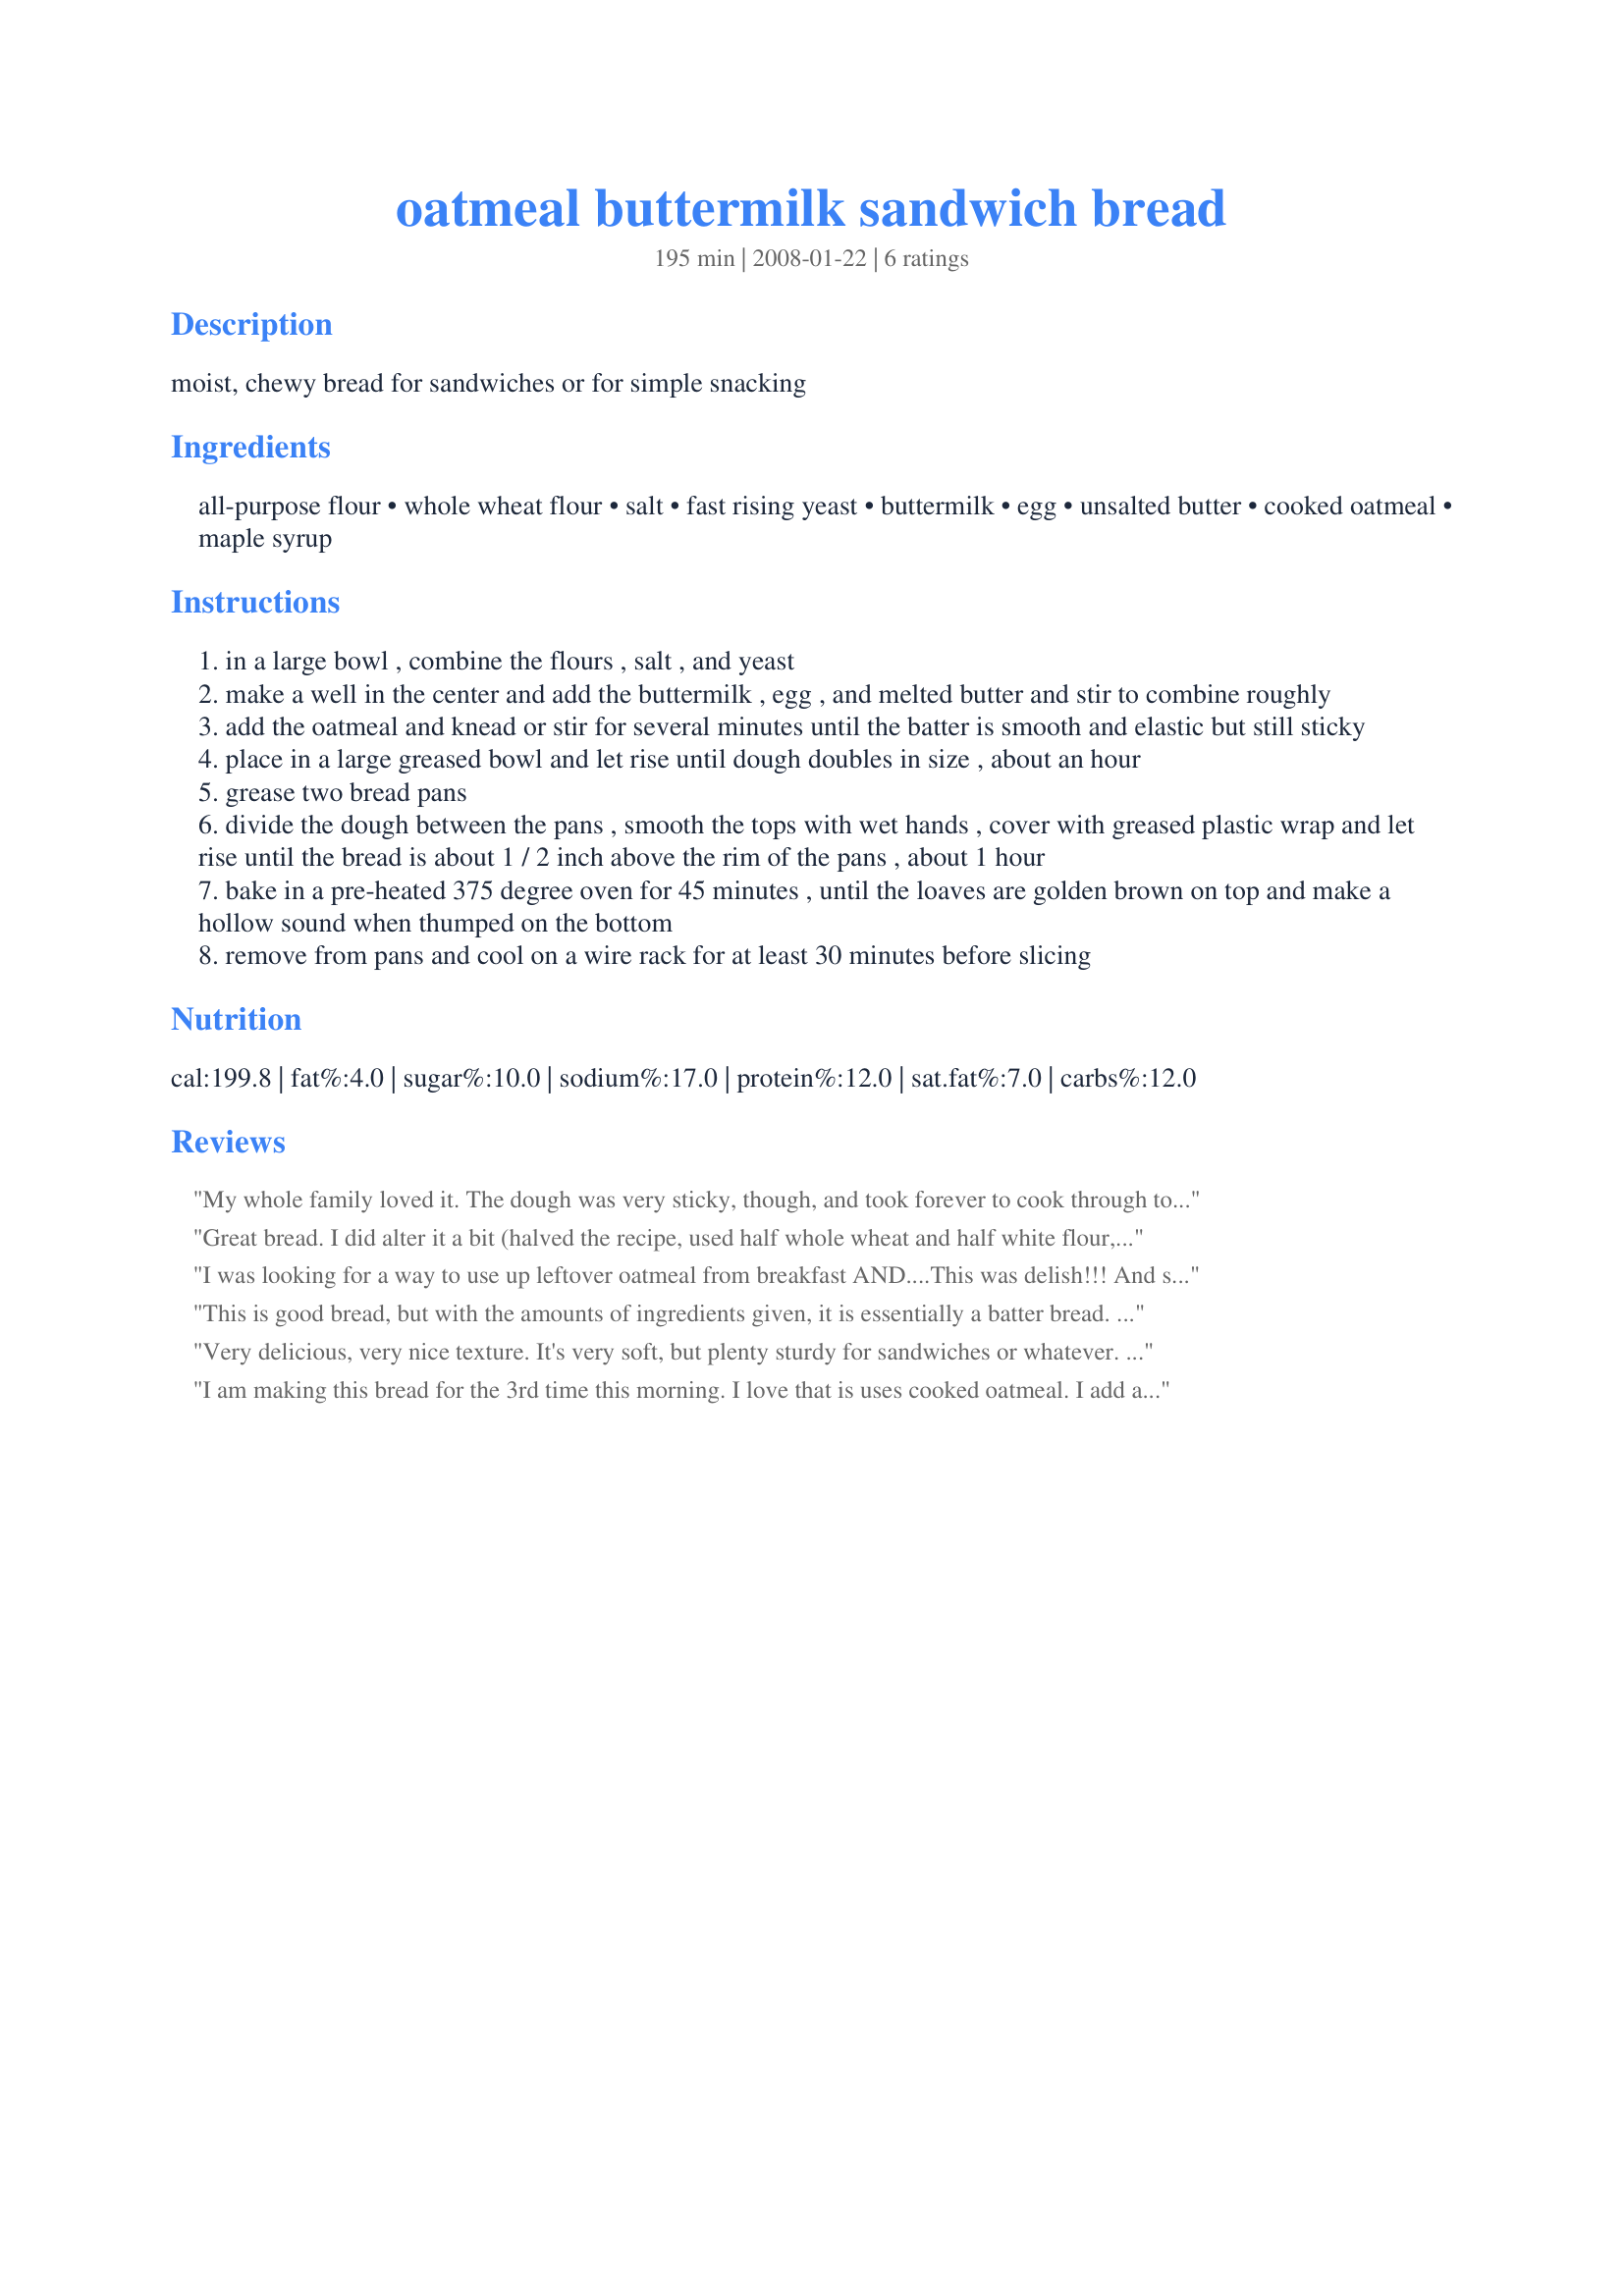
oatmeal buttermilk sandwich bread
Preparation time: 195 minutes

moist, chewy bread for sandwiches or for simple snacking

Ingredients:
all-purpose flour, whole wheat flour, salt, fast rising yeast, buttermilk, egg, unsalted butter, cooked oatmeal, maple syrup

Steps:
in a large bowl , combine the flours , salt , and yeast
make a well in the center and add the buttermilk , egg , and melted butter and stir to combine roughly
add the oatmeal and knead or stir for several minutes until the batter is smooth and elastic but still sticky
place in a large greased bowl and let rise until dough doubles in size , about an hour
grease two bread pans
divide the dough between the pans , smooth the tops with wet hands , cover with greased plastic wrap and let rise until the bread is about 1 / 2 inch above the rim of the pans , about 1 hour
bake in a pre-heated 375 degree oven for 45 minutes , until the loaves are golden brown on top and make a hollow sound when thumped on the bottom
remove from pans and cool on a wire rack for at least 30 minutes before slicing

Reviews:
My whole family loved it. The dough was very sticky, though, and took forever to cook through to the middle. I think next time I'll cut back a little on the liquid and see if it bakes better. Delicious flavor and texture. Toasts beautifully.
Great bread. I did alter it a bit (halved the recipe, used half whole wheat and half white flour, used honey instead of maple syrup, used shortening instead of butter, used a whole egg instead of a half and cut down a little on the shortening to even out the fat content).Ok, I changed it a lot. I also used instant yeast which really cuts down on the time - after kneading it I let it rest for about 10 minutes, flatten it out into a roughly 6x12x1 rectangle, roll it up, and let it rise in a greased loaf pan for about 1.5 hours and put it in the oven. I got it out when the internal temp. hit 205-210. The bread is beautiful and absolutely delicious.
I was looking for a way to use up leftover oatmeal from breakfast AND....This was delish!!! And super easy! I followed the recipe exactly - and interestingly, unlike another reviewer - mine cooked up in about 30 minutes - any longer and it would have been over done and hard on the outside. This had a very nice crumb to it - sliced easily (you could slice it thin if you needed to) - didn't fall apart when you smeared anything on it and my family of 5 loved it! Next time I'll sub 1/2 whole wheat flour - and use honey instead of maple syrup...EDIT on 8/19/09: I have made this many, many times - each time it is DEVOURED. I wanted to add that this dough is really, really soft. Not kneadable at all - I end up glopping it into the pan and smoothing the top. which actually makes this the easiest bread to make if you have a good stand mixer/dough hook. :)
This is good bread, but with the amounts of ingredients given, it is essentially a batter bread. There is nothing wrong with batter breads, but the word "knead" should not appear in the directions. As other reviewers have found, the dough is much too sticky to do anything like kneading. As one other reviewer found, I, also, have had trouble judging when a batter bread is cooked through. So, I added enough flour (close to 2 cups) to get a still sticky, but kneadable dough. I used 1 tablespoon regular, not kosher, salt, and am now regretting that I didn't increase it by about 1/2 teaspoon. Other than that, the bread is very good. Thank you for sharing this recipe with us.
Very delicious, very nice texture. It's very soft, but plenty sturdy for sandwiches or whatever. The texture is nice and bready, not cakey, and the buttermilk adds a nice tang, almost like sourdough. I'm going to make this all the time, and also try to spread the word, because this bread deserves more than 4 ratings!
I am making this bread for the 3rd time this morning. I love that is uses cooked oatmeal. I add a couple of tablespoons of millet to the mix when cooking the oatmeal. Adds a bit of crunch. Also 1/2 white and 1/2 whole wheat. This is a great bread, with a nice dense crumb that holds up well. I make it in the artisan bread method. I mix it up and instead of kneading, I let it sit for a day or two in the fridge to &quot;sour&quot;. I use 1/2 the recipe at a time and it fills my pullman loaf pan perfectly. I also like to bake half the loaf and have small size rounds. I slice and toast them crispy for crackers. Spread with hummus or avocado or bean dip or....just dipped in oil and herbs. VEry nice. Also a great bread for grilled cheese sandwiches.
